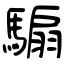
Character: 騸